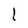
Character: l